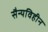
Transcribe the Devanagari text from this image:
सैन्यविहीन